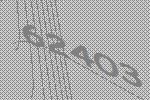
62403